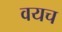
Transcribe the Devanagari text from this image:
वयच